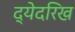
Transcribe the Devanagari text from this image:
द्येदरिख